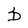
Character: D